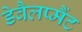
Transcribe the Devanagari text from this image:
डेवैलप्मैंट